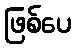
ဖြစ်ပေ